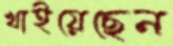
খাইয়েছেন